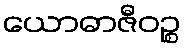
ယောဓာဇီဝဉ္စ